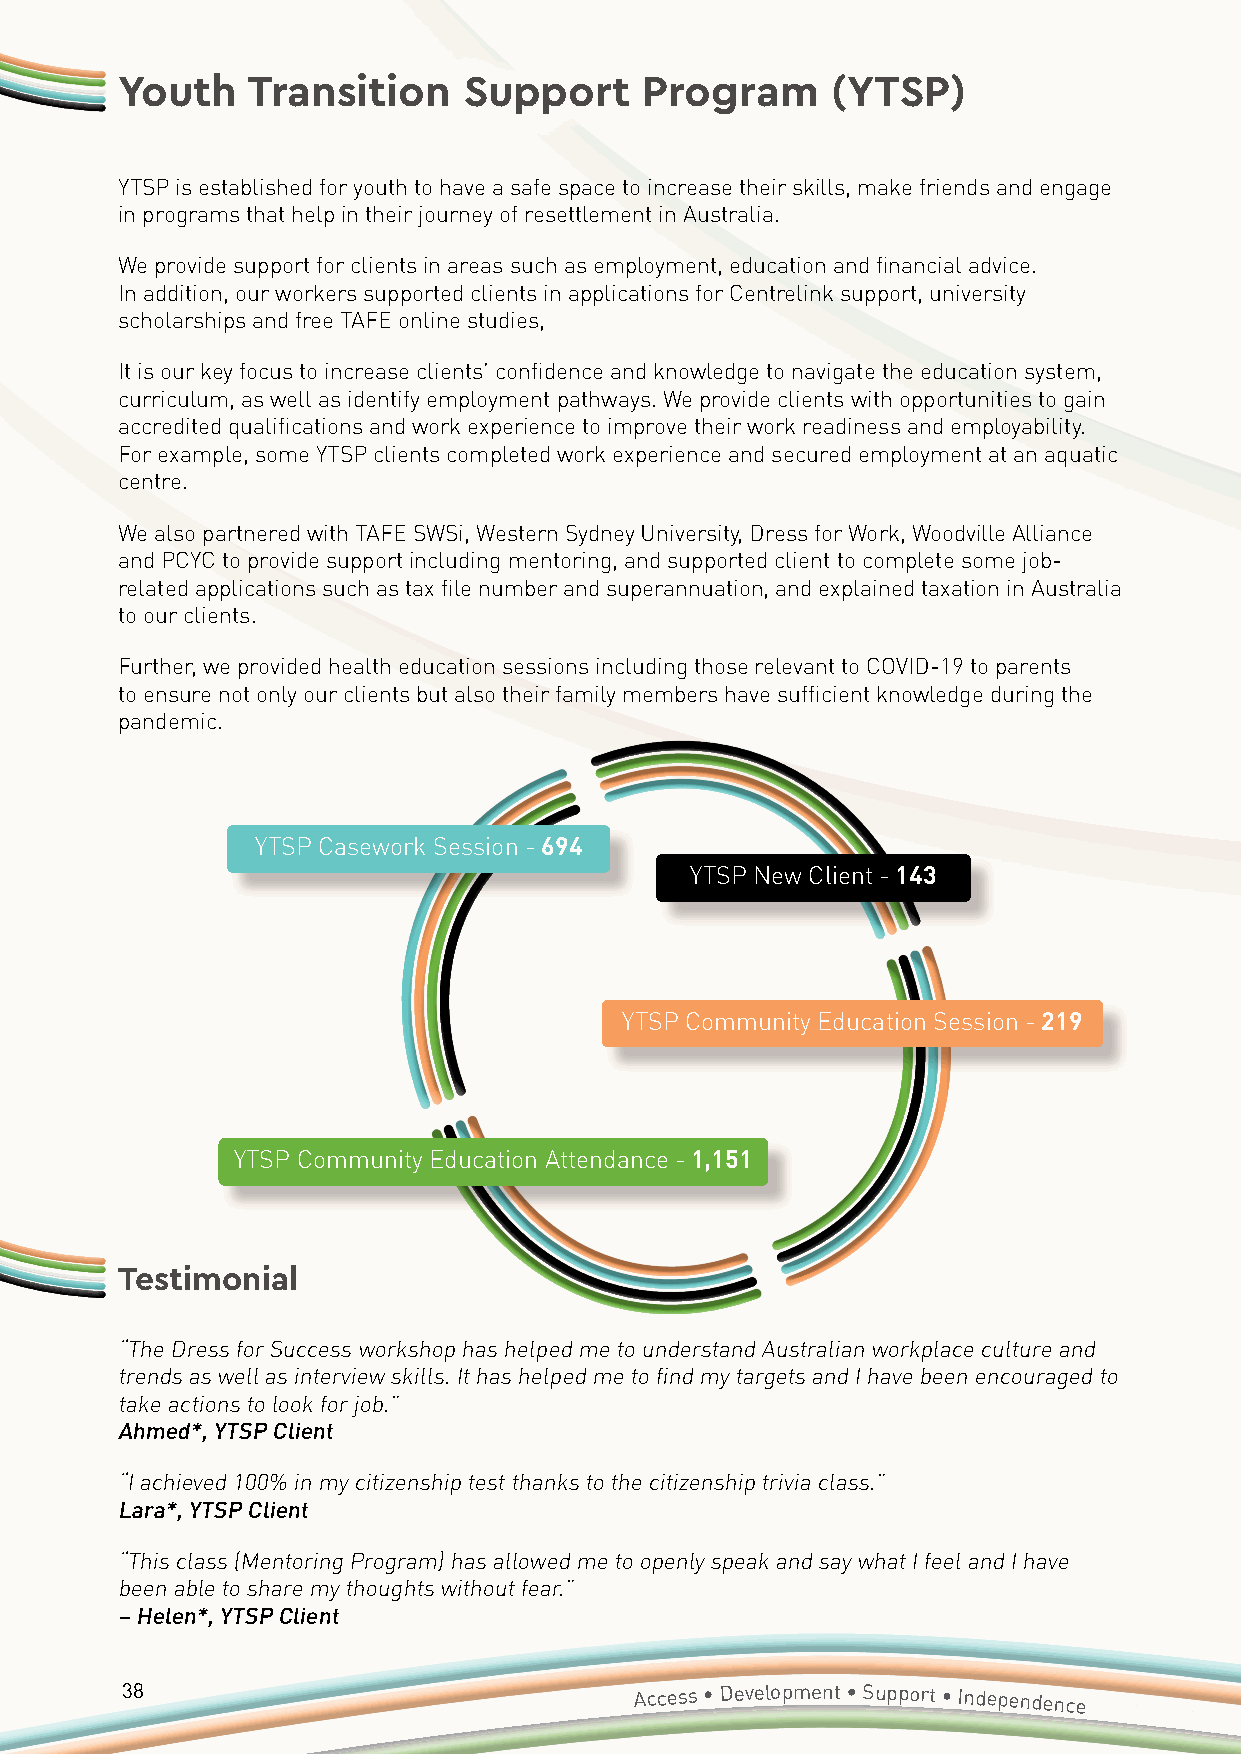
Youth   Transition     Support     Program     (YTSP)
 YTSP is established for youth to have a safe space to increase their skills, make friends and engage
 in programs that help in their journey of resettlement in Australia.
 We provide support for clients in areas such as employment, education and financial advice.
 In addition, our workers supported clients in applications for Centrelink support, university
 scholarships and free TAFE online studies,
 It is our key focus to increase clients’ confidence and knowledge to navigate the education system,
 curriculum, as well as identify employment pathways. We provide clients with opportunities to gain
 accredited qualifications and work experience to improve their work readiness and employability.
 For example, some YTSP clients completed work experience and secured employment at an aquatic
 centre.
 We also partnered with TAFE SWSi, Western Sydney University, Dress for Work, Woodville Alliance
 and PCYC to provide support including mentoring, and supported client to complete some job-
 related applications such as tax file number and superannuation, and explained taxation in Australia
 to our clients.
 Further, we provided health education sessions including those relevant to COVID-19 to parents
 to ensure not only our clients but also their family members have sufficient knowledge during the
 pandemic.
 YTSP Casework Session - 694
 YTSP New Client - 143
 YTSP Community Education Session - 219
 YTSP Community Education Attendance - 1,151
 Testimonial
 “The Dress for Success workshop has helped me to understand Australian workplace culture and
 trends as well as interview skills. It has helped me to find my targets and I have been encouraged to
 take actions to look for job.”
 Ahmed*, YTSP Client
 “I achieved 100% in my citizenship test thanks to the citizenship trivia class.”
 Lara*, YTSP Client
 “This class (Mentoring Program) has allowed me to openly speak and say what I feel and I have
 been able to share my thoughts without fear.”
 – Helen*, YTSP Client
 38                                Access • Development • Support • Independence
 Annual
 Report 2020/2021 • Accessible Diversity Services Initiative
 Limited